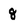
Character: 8